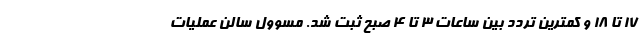
17 تا 18 و کمترین تردد بین ساعات 3 تا 4 صبح ثبت شد. مسوول سالن عملیات